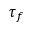
\tau _ { f }